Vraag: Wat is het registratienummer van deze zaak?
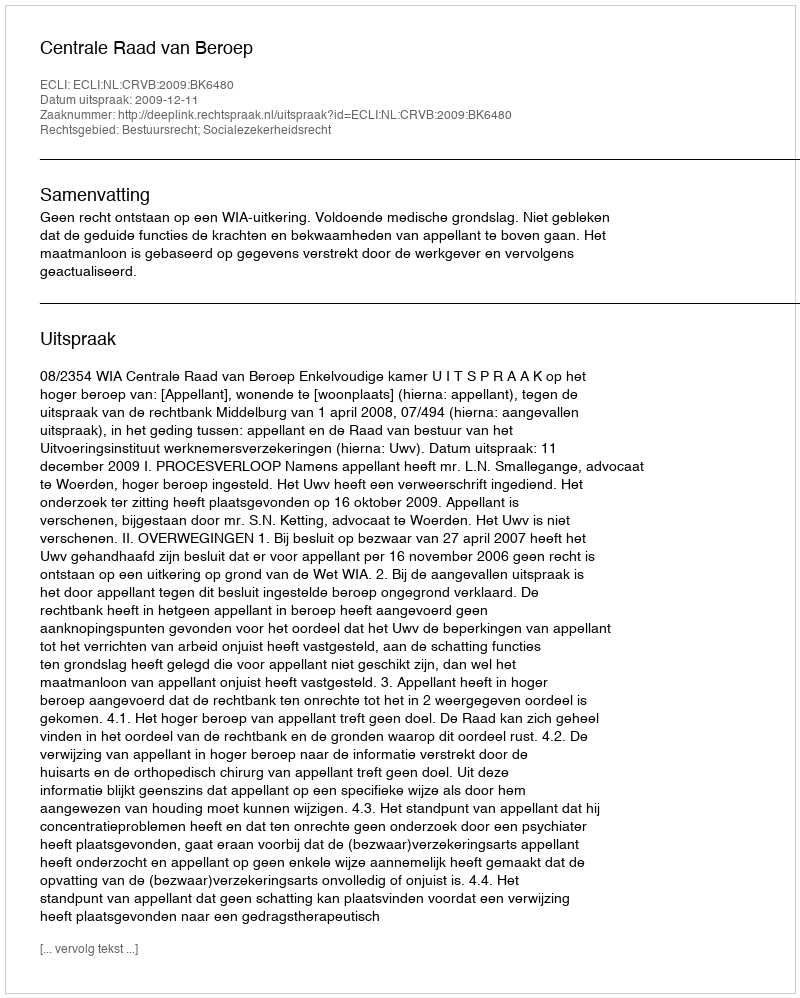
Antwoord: http://deeplink.rechtspraak.nl/uitspraak?id=ECLI:NL:CRVB:2009:BK6480